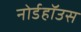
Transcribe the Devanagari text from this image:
नोर्डहॉउस